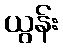
ယွန်း